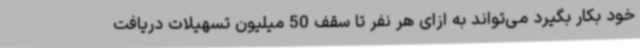
خود بکار بگیرد می‌تواند به ازای هر نفر تا سقف 50 میلیون تسهیلات دریافت